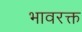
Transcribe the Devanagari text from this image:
भावरक्त